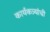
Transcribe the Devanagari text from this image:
कार्यकत्र्यांची